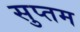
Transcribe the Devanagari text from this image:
सुप्तम